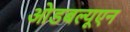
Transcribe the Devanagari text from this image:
ओडबल्यूएन